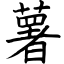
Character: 薯